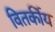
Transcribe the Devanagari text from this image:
वितर्कीय